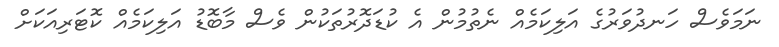
ނަމަވެސް ހަނދުވަރުގެ އަލިކަމެއް ނެތުމުން އެ ކުޑަދޮރުތަކުން ވެސް މާބޮޑު އަލިކަމެއް ކޮޓަރިއަކަށް